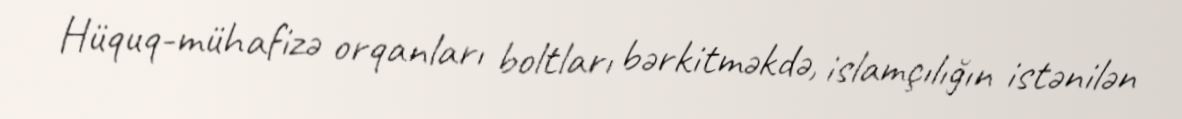
Hüquq-mühafizə orqanları boltları bərkitməkdə, islamçılığın istənilən